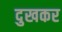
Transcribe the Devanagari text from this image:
दुखकर